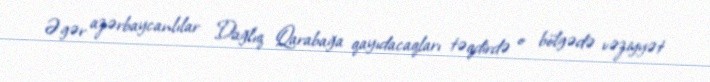
Əgər azərbaycanlılar Dağlıq Qarabağa qayıdacaqları təqdirdə o bölgədə vəziyyət